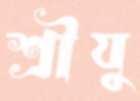
শ্রীযু